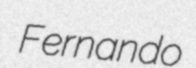
Fernando